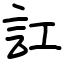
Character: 訌